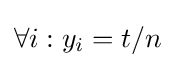
\forall i:y_{i}=t/n